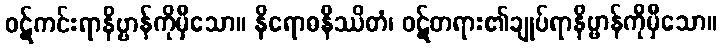
ဝဋ်ကင်းရာနိဗ္ဗာန်ကိုမှီသော။ နိရောဓနိဿိတံ၊ ဝဋ်တရား၏ချုပ်ရာနိဗ္ဗာန်ကိုမှီသော။